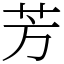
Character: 芳